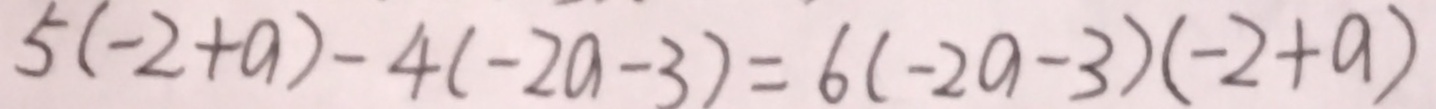
5 ( - 2 + a ) - 4 ( - 2 a - 3 ) = 6 ( - 2 a - 3 ) ( - 2 + a )